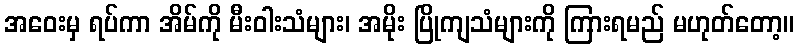
အဝေးမှ ရပ်ကာ အိမ်ကို မီးဝါးသံများ၊ အမိုး ပြိုကျသံများကို ကြားရမည် မဟုတ်တော့။